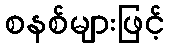
စနစ်များဖြင့်